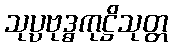
သုပ္ပဗုဒ္ဓကုဋ္ဌိသုတ္တ